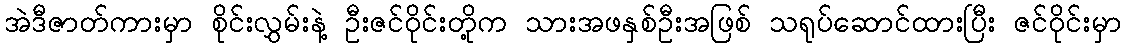
အဲဒီဇာတ်ကားမှာ စိုင်းလွှမ်းနဲ့ ဦးဇင်ဝိုင်းတို့က သားအဖနှစ်ဦးအဖြစ် သရုပ်ဆောင်ထားပြီး ဇင်ဝိုင်းမှာ